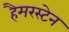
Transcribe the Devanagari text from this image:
हैमरस्टेन